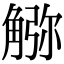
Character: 𧤆